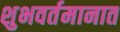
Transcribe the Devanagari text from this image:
शुभवर्तमानात